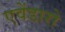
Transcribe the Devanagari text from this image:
एवेंडारो